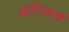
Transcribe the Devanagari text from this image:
संनिकर्ष